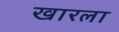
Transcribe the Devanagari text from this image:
खारला